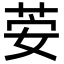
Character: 荌